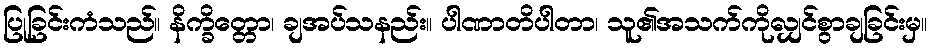
ပြုခြင်းကံသည်။ နိက္ခိတ္တော၊ ချအပ်သနည်း။ ပါဏာတိပါတာ၊ သူ၏အသက်ကိုလျှင်စွာချခြင်းမှ။